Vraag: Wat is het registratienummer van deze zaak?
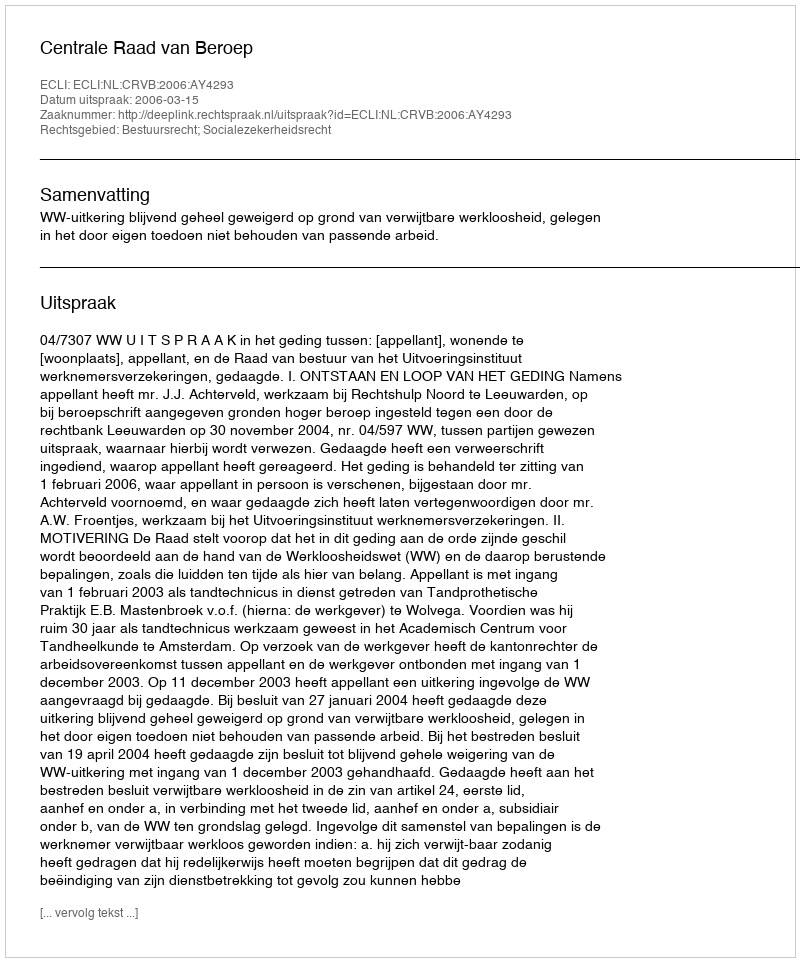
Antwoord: http://deeplink.rechtspraak.nl/uitspraak?id=ECLI:NL:CRVB:2006:AY4293